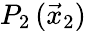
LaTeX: P_{2}\, (\vec{x}_{2})